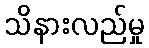
သိနားလည်မှု